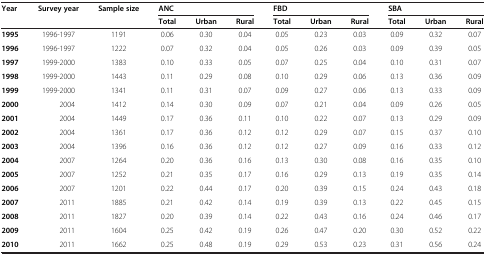
<table><thead><tr><td rowspan="2"><b>Year</b></td><td rowspan="2"><b>Survey year</b></td><td rowspan="2"><b>Sample size</b></td><td colspan="3"><b>ANC</b></td><td colspan="3"><b>FBD</b></td><td colspan="3"><b>SBA</b></td></tr><tr><td><b>Total</b></td><td><b>Urban</b></td><td><b>Rural</b></td><td><b>Total</b></td><td><b>Urban</b></td><td><b>Rural</b></td><td><b>Total</b></td><td><b>Urban</b></td><td><b>Rural</b></td></tr></thead><tbody><tr><td><b>1995</b></td><td>1996-1997</td><td>1191</td><td>0.06</td><td>0.30</td><td>0.04</td><td>0.05</td><td>0.23</td><td>0.03</td><td>0.09</td><td>0.32</td><td>0.07</td></tr><tr><td><b>1996</b></td><td>1996-1997</td><td>1222</td><td>0.07</td><td>0.32</td><td>0.04</td><td>0.05</td><td>0.26</td><td>0.03</td><td>0.09</td><td>0.39</td><td>0.05</td></tr><tr><td><b>1997</b></td><td>1999-2000</td><td>1383</td><td>0.10</td><td>0.33</td><td>0.05</td><td>0.07</td><td>0.25</td><td>0.04</td><td>0.10</td><td>0.31</td><td>0.07</td></tr><tr><td><b>1998</b></td><td>1999-2000</td><td>1443</td><td>0.11</td><td>0.29</td><td>0.08</td><td>0.10</td><td>0.29</td><td>0.06</td><td>0.13</td><td>0.36</td><td>0.09</td></tr><tr><td><b>1999</b></td><td>1999-2000</td><td>1341</td><td>0.11</td><td>0.31</td><td>0.07</td><td>0.09</td><td>0.27</td><td>0.06</td><td>0.13</td><td>0.33</td><td>0.09</td></tr><tr><td><b>2000</b></td><td>2004</td><td>1412</td><td>0.14</td><td>0.30</td><td>0.09</td><td>0.07</td><td>0.21</td><td>0.04</td><td>0.09</td><td>0.26</td><td>0.05</td></tr><tr><td><b>2001</b></td><td>2004</td><td>1449</td><td>0.17</td><td>0.36</td><td>0.11</td><td>0.10</td><td>0.22</td><td>0.07</td><td>0.13</td><td>0.29</td><td>0.09</td></tr><tr><td><b>2002</b></td><td>2004</td><td>1361</td><td>0.17</td><td>0.36</td><td>0.12</td><td>0.12</td><td>0.29</td><td>0.07</td><td>0.15</td><td>0.37</td><td>0.10</td></tr><tr><td><b>2003</b></td><td>2004</td><td>1396</td><td>0.16</td><td>0.36</td><td>0.12</td><td>0.12</td><td>0.27</td><td>0.09</td><td>0.16</td><td>0.33</td><td>0.12</td></tr><tr><td><b>2004</b></td><td>2007</td><td>1264</td><td>0.20</td><td>0.36</td><td>0.16</td><td>0.13</td><td>0.30</td><td>0.08</td><td>0.16</td><td>0.35</td><td>0.10</td></tr><tr><td><b>2005</b></td><td>2007</td><td>1252</td><td>0.21</td><td>0.35</td><td>0.17</td><td>0.16</td><td>0.29</td><td>0.13</td><td>0.19</td><td>0.35</td><td>0.14</td></tr><tr><td><b>2006</b></td><td>2007</td><td>1201</td><td>0.22</td><td>0.44</td><td>0.17</td><td>0.20</td><td>0.39</td><td>0.15</td><td>0.24</td><td>0.43</td><td>0.18</td></tr><tr><td><b>2007</b></td><td>2011</td><td>1885</td><td>0.21</td><td>0.42</td><td>0.14</td><td>0.19</td><td>0.39</td><td>0.13</td><td>0.22</td><td>0.45</td><td>0.15</td></tr><tr><td><b>2008</b></td><td>2011</td><td>1827</td><td>0.20</td><td>0.39</td><td>0.14</td><td>0.22</td><td>0.43</td><td>0.16</td><td>0.24</td><td>0.46</td><td>0.17</td></tr><tr><td><b>2009</b></td><td>2011</td><td>1604</td><td>0.25</td><td>0.42</td><td>0.19</td><td>0.26</td><td>0.47</td><td>0.20</td><td>0.30</td><td>0.52</td><td>0.22</td></tr><tr><td><b>2010</b></td><td>2011</td><td>1662</td><td>0.25</td><td>0.48</td><td>0.19</td><td>0.29</td><td>0.53</td><td>0.23</td><td>0.31</td><td>0.56</td><td>0.24</td></tr></tbody></table>